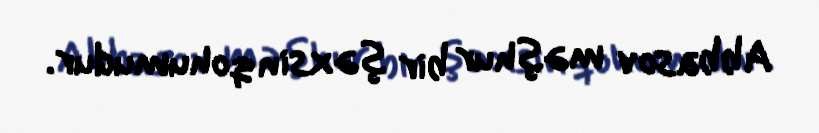
Abbasov məşhur bir şəxsin qohumudur.